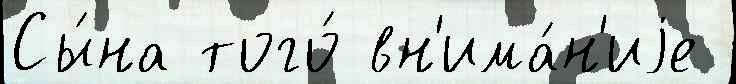
Сы́на того́ вн'има́н'иjе